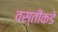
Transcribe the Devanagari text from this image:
वस्तीकडे